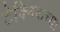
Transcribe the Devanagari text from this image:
टेक्निकच्या